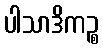
ပါသာဒိကဉ္စ